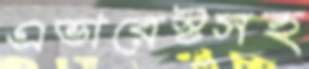
এভারেস্টসহ